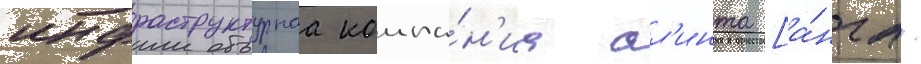
инфраструктурнаа компа́н'иа ал'инта [а́нгл.